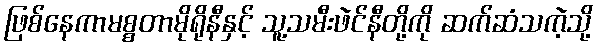
ဖြစ်နေကာမစ္စတာမိုရိုနီနှင့် သူ့သမီးဖဲင်နီတို့ကို ဆက်ဆံသကဲ့သို့